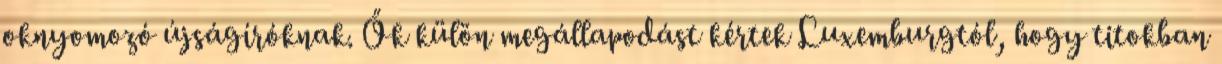
oknyomozó újságíróknak. Ők külön megállapodást kértek Luxemburgtól, hogy titokban